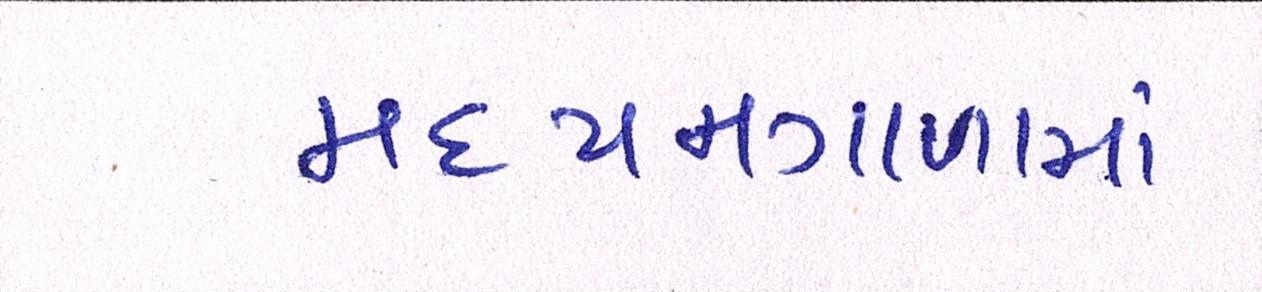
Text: મધ્યમગાળામાં